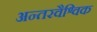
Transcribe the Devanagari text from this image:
अन्तरवैश्विक